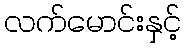
လက်မောင်းနှင့်